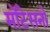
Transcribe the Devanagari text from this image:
मोंटेसनो